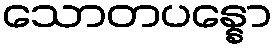
သောတပန္နော